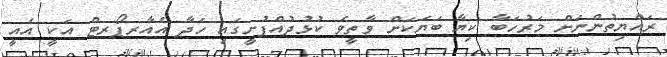
ރައްޔިތުންނަށް މަރުހަބާ ކިޔާ ބަޔަކަށް ވާތީވެ ކުޅުދުއްފުށީގައި ހަދާ އެއާރޕޯރޓް އަކީ އެއީ